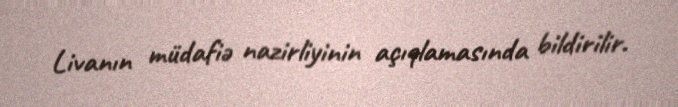
Livanın müdafiə nazirliyinin açıqlamasında bildirilir.